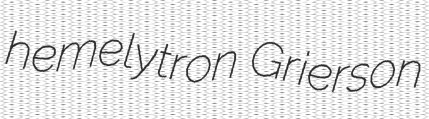
hemelytron Grierson